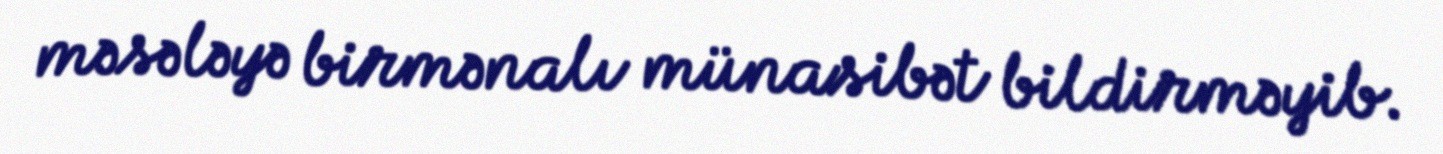
məsələyə birmənalı münasibət bildirməyib.